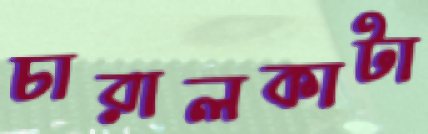
চারালকাটা